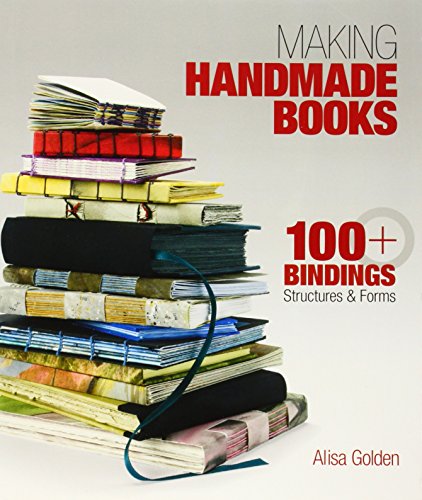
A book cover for Making Handmade Books: 100+ Bindings, Structures & Forms; Alisa Golden; Crafts, Hobbies & Home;